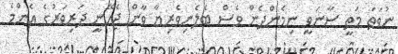
ނުވަތަ މަތީ ސާނަވީ ނިމެންދެން ވެސް ބެލެނިވެރިޔާ ވާން ޖެހޭނީ ދަރިވަރުގެ އެންމެ